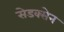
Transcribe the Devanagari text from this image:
सेडक्सेन